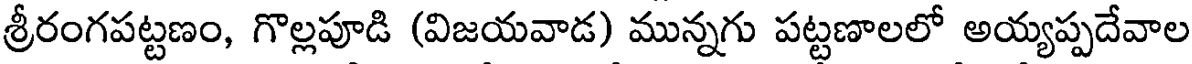
శ్రీరంగపట్టణం, గొల్లపూడి (విజయవాడ) మున్నగు పట్టణాలలో అయ్యప్పదేవాల